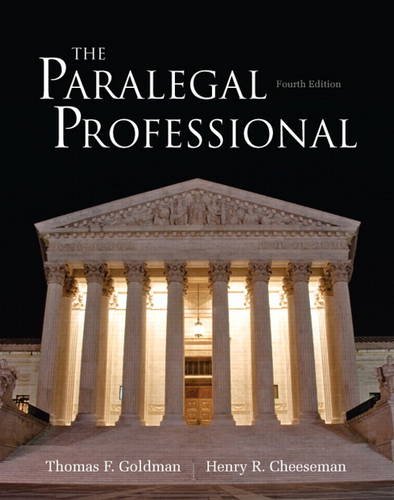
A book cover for The Paralegal Professional (4th Edition); Thomas F. Goldman; Law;